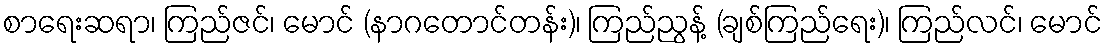
စာရေးဆရာ၊ ကြည်ဇင်၊ မောင် (နာဂတောင်တန်း)၊ ကြည်ညွန့် (ချစ်ကြည်ရေး)၊ ကြည်လင်၊ မောင်